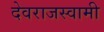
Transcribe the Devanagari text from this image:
देवराजस्वामी